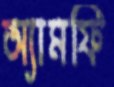
অ্যামফি